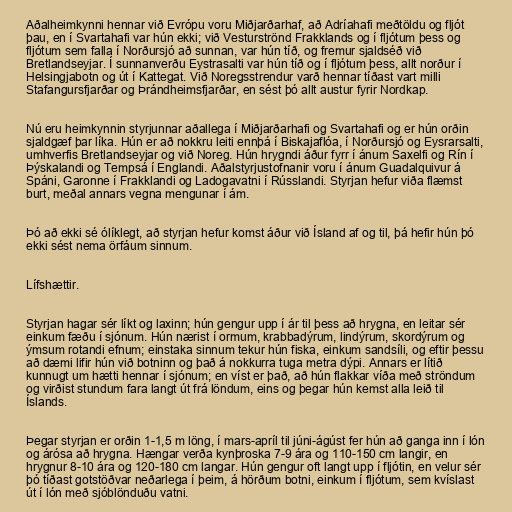
Aðalheimkynni hennar við Evrópu voru Miðjarðarhaf, að Adríahafi meðtöldu og fljót
þau, en í Svartahafi var hún ekki; við Vesturströnd Frakklands og í fljótum þess og
fljótum sem falla í Norðursjó að sunnan, var hún tíð, og fremur sjaldséð við
Bretlandseyjar. Í sunnanverðu Eystrasalti var hún tíð og í fljótum þess, allt norður í
Helsingjabotn og út í Kattegat. Við Noregsstrendur varð hennar tíðast vart milli
Stafangursfjarðar og Þrándheimsfjarðar, en sést þó allt austur fyrir Nordkap.

Nú eru heimkynnin styrjunnar aðallega í Miðjarðarhafi og Svartahafi og er hún orðin
sjaldgæf þar líka. Hún er að nokkru leiti ennþá í Biskajaflóa, í Norðursjó og Eysrarsalti,
umhverfis Bretlandseyjar og við Noreg. Hún hrygndi áður fyrr í ánum Saxelfi og Rín í
Þýskalandi og Tempsá í Englandi. Aðalstyrjustofnanir voru í ánum Guadalquivur á
Spáni, Garonne í Frakklandi og Ladogavatni í Rússlandi. Styrjan hefur viða flæmst
burt, meðal annars vegna mengunar í ám.

Þó að ekki sé ólíklegt, að styrjan hefur komst áður við Ísland af og til, þá hefir hún þó
ekki sést nema örfáum sinnum.

Lífshættir.

Styrjan hagar sér líkt og laxinn; hún gengur upp í ár til þess að hrygna, en leitar sér
einkum fæðu í sjónum. Hún nærist í ormum, krabbadýrum, lindýrum, skordýrum og
ýmsum rotandi efnum; einstaka sinnum tekur hún fiska, einkum sandsíli, og eftir þessu
að dæmi lifir hún við botninn og það á nokkurra tuga metra dýpi. Annars er lítið
kunnugt um hætti hennar í sjónum; en víst er það, að hún flakkar víða með ströndum
og virðist stundum fara langt út frá löndum, eins og þegar hún kemst alla leið til
Íslands.

Þegar styrjan er orðin 1-1,5 m löng, í mars-apríl til júni-ágúst fer hún að ganga inn í lón
og árósa að hrygna. Hængar verða kynþroska 7-9 ára og 110-150 cm langir, en
hrygnur 8-10 ára og 120-180 cm langar. Hún gengur oft langt upp í fljótin, en velur sér
þó tíðast gotstöðvar neðarlega í þeim, á hörðum botni, einkum í fljótum, sem kvíslast
út í lón með sjóblönduðu vatni.